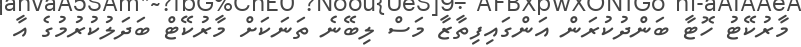
މާރުކޭޓު ހޮޓާ ބަންދުކުރަން އަންގައިފިތާޒާ މަސް ލިބޭނެ ތަނަކަށް މާރުކޭޓް ބަދަލުކުރުމުގެ އާ